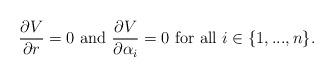
LaTeX: \begin{align*} \frac{\partial V}{\partial r}=0\textrm{ and }\frac{\partial V}{\partial\alpha_{i}}=0\textrm{ for all }i\in\{1,...,n\}. \end{align*}